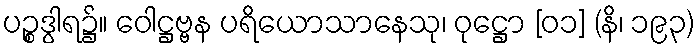
ပဉ္စဒွါရ၌။ ဝေါဋ္ဌဗ္ဗန ပရိယောသာနေသု၊ ဝုဋ္ဌော [၀၁] (နိ၊ ၁၉၃)